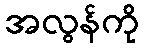
အလွန်ကို